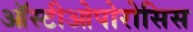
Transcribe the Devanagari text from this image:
ऑस्टीओपोरोसिस